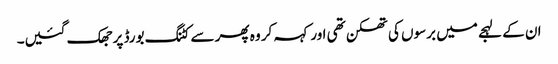
ان کے لہجے میں برسوں کی تھکن تھی اور کہہ کر وہ پھر سے کٹنگ بورڈ پر جھک گئیں۔